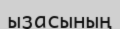
ызасының